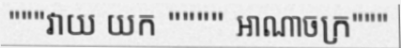
"""វាយ យក """" អាណាចក្រ"""